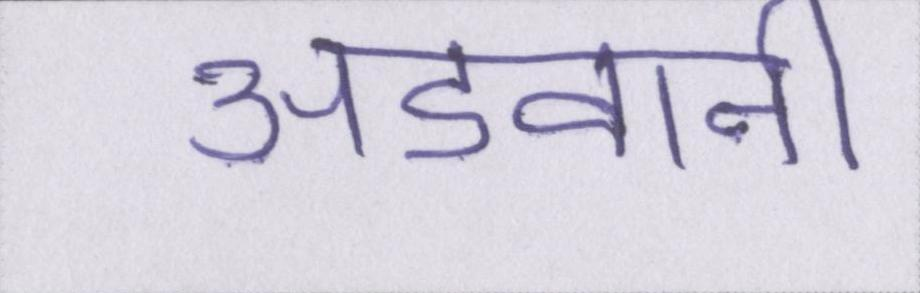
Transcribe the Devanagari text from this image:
अडवानी